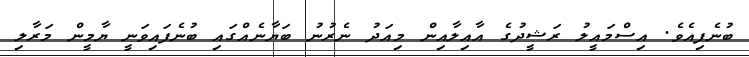
ބުނެފިއެވެ. އިސްމައީލު ރަޝީދުގެ އާއިލާއިން މިއަދު ނެރުނު ބަޔާނެއްގައި ބުނެފައިވަނީ ޔާމީން މަރާލި